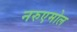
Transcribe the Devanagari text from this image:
नरुएमोल